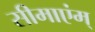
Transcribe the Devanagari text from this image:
सीमाएंम्